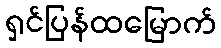
ရှင်ပြန်ထမြောက်